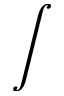
\displaystyle \int